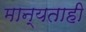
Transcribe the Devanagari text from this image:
मान्यताही